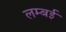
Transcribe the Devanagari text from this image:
लम्बई